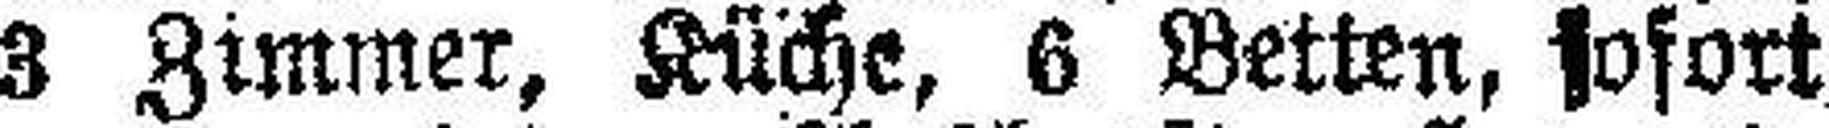
3 Zimmer, Küche, 6 Betten, sofort